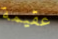
عقيمة